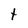
Character: t